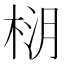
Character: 𪲚